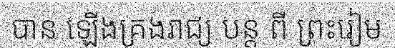
បាន ឡើងគ្រងរាជ្យ បន្ត ពី ព្រះរៀម